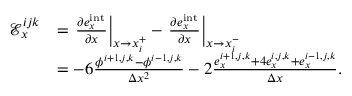
\begin{array} { r l } { \mathcal { E } _ { x } ^ { i j k } } & { = \left. \frac { \partial e _ { x } ^ { \mathrm { i n t } } } { \partial x } \right| _ { x \rightarrow x _ { i } ^ { + } } - \left. \frac { \partial e _ { x } ^ { \mathrm { i n t } } } { \partial x } \right| _ { x \rightarrow x _ { i } ^ { - } } } \\ & { = - 6 \frac { \phi ^ { i + 1 , j , k } - \phi ^ { i - 1 , j , k } } { \Delta x ^ { 2 } } - 2 \frac { e _ { x } ^ { i + 1 , j , k } + 4 e _ { x } ^ { i , j , k } + e _ { x } ^ { i - 1 , j , k } } { \Delta x } . } \end{array}